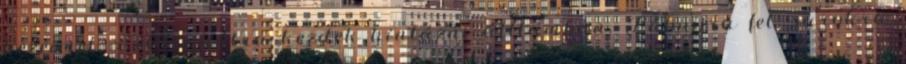
kezeimet, s előre-hátra kezdek hintázni álltamban. Lábujjra fel, sarokra